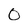
Character: O